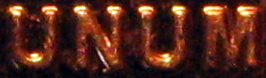
UNUM